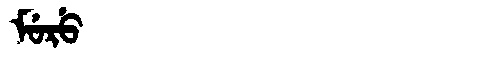
Manchu: ᠮᡠᡵᡠ
Romanization: MURU